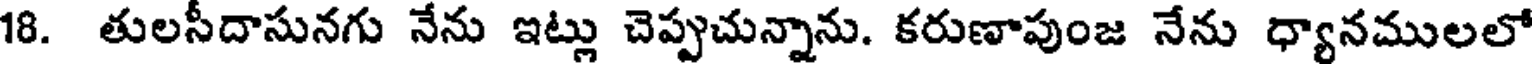
18. తులసీదాసునగు నేను ఇట్లు చెప్పుచున్నాను. కరుణాపుంజ నేను ధ్యానములలో